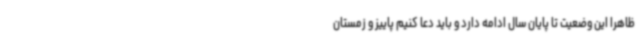
ظاهرا این وضعیت تا پایان سال ادامه دارد و باید دعا کنیم پاییز و زمستان